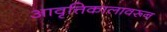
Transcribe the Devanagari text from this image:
आवृत्तिकालावरून